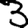
Digit: 3